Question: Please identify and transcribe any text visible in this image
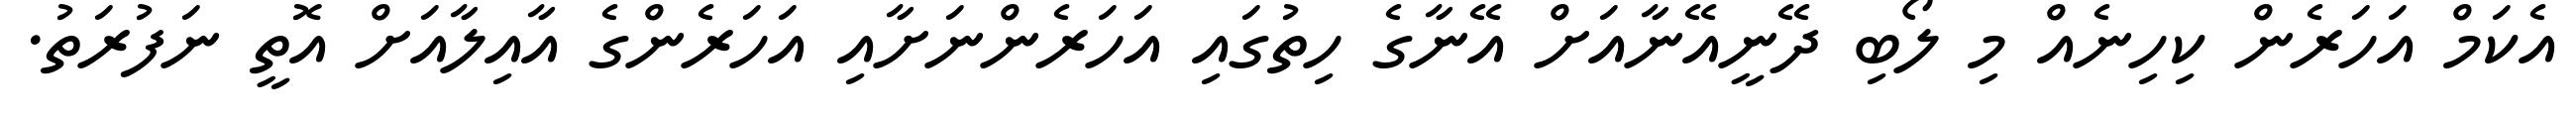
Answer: އެކަމް އަހަރެން ކިހިނެއް މި ލޯބި ދޭނީއޭނާއަށް އޭނާގެ ހިތުގައި އަހަރެންނަށާއި އަހަރެންގެ އާއިލާއަށް އޮތީ ނަފުރަތު.